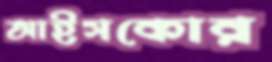
আইসকোর